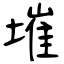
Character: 墔